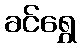
ခင်ရွှေ